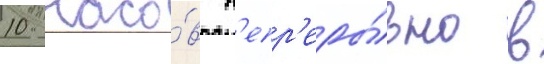
10 часо́в н'епр'еры́вно в